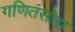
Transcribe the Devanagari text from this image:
गणितसोरा